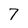
Character: 7